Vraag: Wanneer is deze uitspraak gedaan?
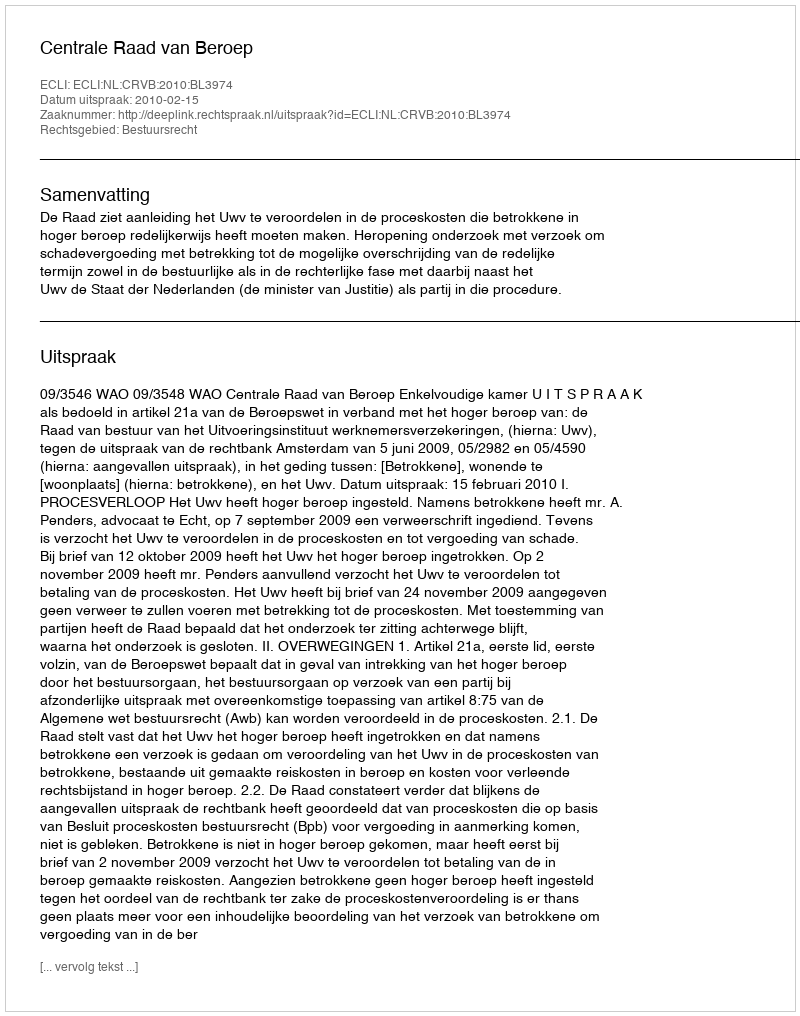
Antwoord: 2010-02-15